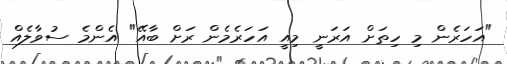
"އަހަރެން މި ހިތަށް އަރަނީ މިއީ އަހަރެމެން ރަށް ބާއޭ" އެންމެ ސުވާލެއް